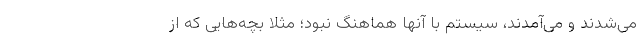
می‌شدند و می‌آمدند، سیستم با آنها هماهنگ نبود؛ مثلا بچه‌هایی که از